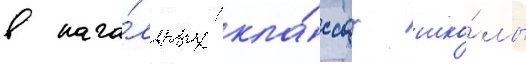
в нача́льных кла́ссах шко́лы